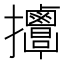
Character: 𢺬